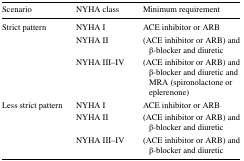
| Scenario | NYHA class | Minimum requirement |
 | --- | --- | --- |
 | <ROWSPAN=3> Strict pattern | NYHA I | ACE inhibitor or ARB |
 | NYHA II | (ACE inhibitor or ARB) and β-blocker and diuretic |
 | NYHA III–IV | (ACE inhibitor or ARB) and β-blocker and diuretic and MRA (spironolactone or eplerenone) |
 | <ROWSPAN=3> Less strict pattern | NYHA I | ACE inhibitor or ARB |
 | NYHA II | (ACE inhibitor or ARB) and β-blocker and diuretic |
 | NYHA III–IV | (ACE inhibitor or ARB) and β-blocker and diuretic |